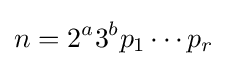
n=2^{a}3^{b}p_{1}\cdots p_{r}